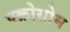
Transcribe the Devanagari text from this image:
एक्रोसोम